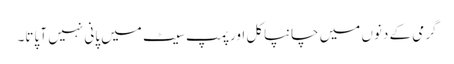
گرمی کے دنوں میں چانپاکل اور پمپ سیٹ میں پانی نہیں آ پاتا۔